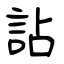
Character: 詀